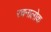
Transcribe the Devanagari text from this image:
रचनालोक